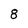
Character: 8